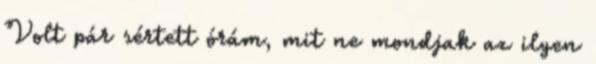
Volt pár sértett órám, mit ne mondjak az ilyen